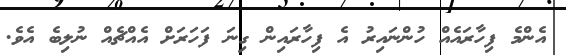
އެންމެ ފިހާރައެއް ހުންނައިރު އެ ފިހާރައިން ގިނަ ފަހަރަށް އެއްޗެއް ނުލިބެ އެވެ.